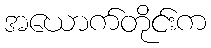
အယောက်တိုင်းက